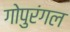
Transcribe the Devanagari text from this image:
गोपुरंगल